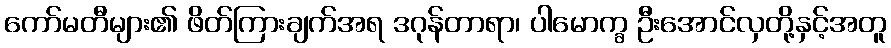
ကော်မတီများ၏ ဖိတ်ကြားချက်အရ ဒဂုန်တာရာ၊ ပါမောက္ခ ဦးအောင်လှတို့နှင့်အတူ